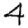
Digit: 4